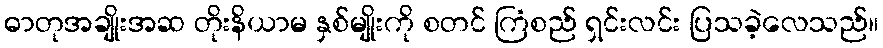
ဓာတုအချိုးအဆ တိုးနိယာမ နှစ်မျိုးကို စတင် ကြံစည် ရှင်းလင်း ပြသခဲ့လေသည်။